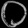
Digit: ၀